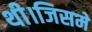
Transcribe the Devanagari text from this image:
थी।जिसमे